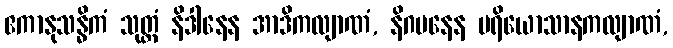
ဧကာနုသန္ဓိကံ သုတ္တံ နိဒါနေန အာဒိကလျာဏံ, နိဂမနေန ပရိယောသာနကလျာဏံ,